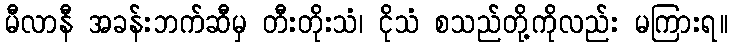
မီလာနီ အခန်းဘက်ဆီမှ တီးတိုးသံ၊ ငိုသံ စသည်တို့ကိုလည်း မကြားရ။